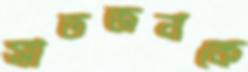
সাতজনকে